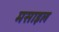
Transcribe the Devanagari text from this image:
मसाइल